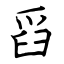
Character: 舀